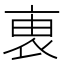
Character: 𧙏